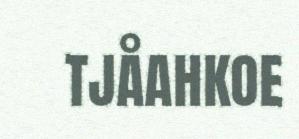
TJÅAHKOE